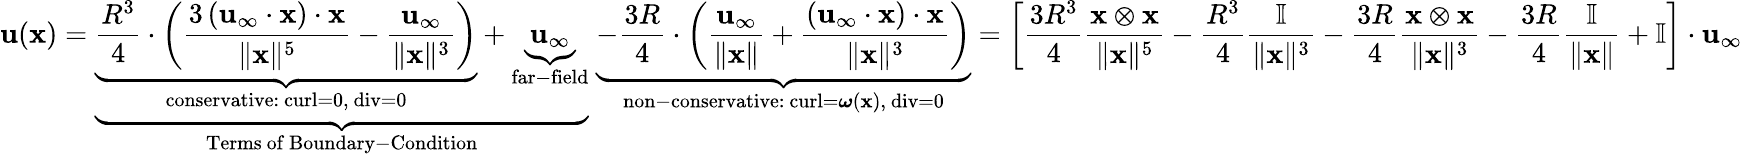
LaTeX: \mathbf{u}(\mathbf{x})=\underbrace{\underbrace{{\frac{R^{3}}{4}}\cdot\left({\frac{3\left(\mathbf{u}_{\infty}\cdot\mathbf{x}\right)\cdot\mathbf{x}}{\| \mathbf{x}\| ^{5}}}-{\frac{\mathbf{u}_{\infty}}{\| \mathbf{x}\| ^{3}}}\right)}_{\mathrm{conservative:~curl=0,~div=0}}+\underbrace{\mathbf{u}_{\infty}}_{\mathrm{far-field}}}_{\mathrm{Terms~of~Boundary-Condition}}\; \underbrace{-{\frac{3R}{4}}\cdot\left({\frac{\mathbf{u}_{\infty}}{\| \mathbf{x}\| }}+{\frac{\left(\mathbf{u}_{\infty}\cdot\mathbf{x}\right)\cdot\mathbf{x}}{\| \mathbf{x}\| ^{3}}}\right)}_{{\mathrm{non-conservative:~curl}}={\boldsymbol{\omega}}(\mathbf{x}),{\mathrm{~div=0}}}=\left[{\frac{3R^{3}}{4}}{\frac{\mathbf{x\otimes\mathbf{x}}}{\| \mathbf{x}\| ^{5}}}-{\frac{R^{3}}{4}}{\frac{\mathbb{I}}{\| \mathbf{x}\| ^{3}}}-{\frac{3R}{4}}{\frac{\mathbf{x}\otimes\mathbf{x}}{\| \mathbf{x}\| ^{3}}}-{\frac{3R}{4}}{\frac{\mathbb{I}}{\| \mathbf{x}\| }}+\mathbb{I}\right]\cdot\mathbf{u}_{\infty}